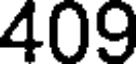
409